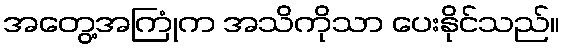
အတွေ့အကြုံက အသိကိုသာ ပေးနိုင်သည်။